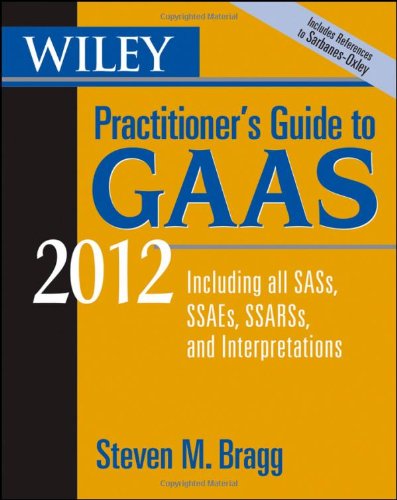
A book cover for Wiley Practitioner's Guide to GAAS 2012: Covering all SASs, SSAEs, SSARSs, and Interpretations (Wiley Practitioner's Guide to GAAS: Covering All SASs, SSAEs, SSARSs, & Interpretations); Steven M. Bragg; Business & Money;